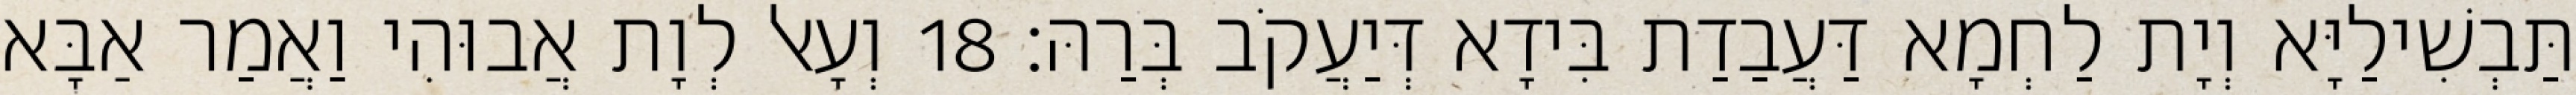
תַּבְשִׁילַיָּא וְיָת לַחְמָא דַּעֲבַדַת בִּידָא דְּיַעֲקֹב בְּרַהּ׃ 18 וְעָאל לְוָת אֲבוּהִי וַאֲמַר אַבָּא